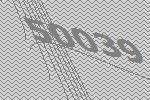
50039